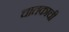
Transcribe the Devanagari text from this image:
चातकाची